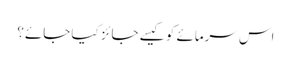
اس سرمائے کو کیسے جائز کیا جائے؟